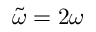
\tilde { \omega } = 2 \omega